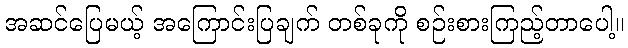
အဆင်ပြေမယ့် အကြောင်းပြချက် တစ်ခုကို စဉ်းစားကြည့်တာပေါ့။